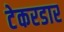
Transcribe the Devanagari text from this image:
टेकरडार